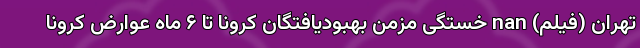
تهران (فیلم) nan خستگی مزمن بهبودیافتگان کرونا تا ۶ ماه عوارض کرونا